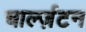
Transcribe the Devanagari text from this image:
चार्ल्ज़टन